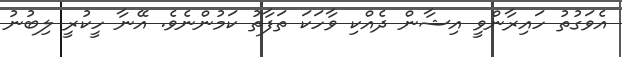
އެވަގުތު ހައިރާންވީ އިޝާން ދެއްކި ވާހަކަ ތަފާތު ކަމުންނެވެ. އޭނާ ހީކުރީ ލިބުނު